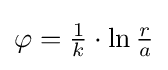
\varphi ={\tfrac {1}{k}}\cdot \ln {\tfrac {r}{a}}